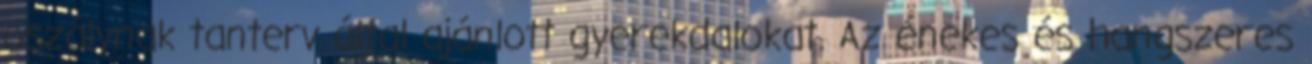
oszálynak tanterv által ajánlott gyerekdalokat. Az énekes és hangszeres